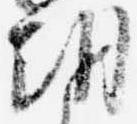
朝